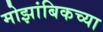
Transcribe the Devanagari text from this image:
मोझांबिकच्या